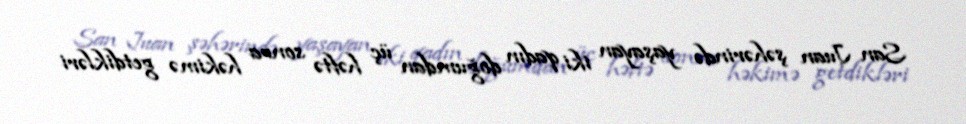
San Juan şəhərində yaşayan iki qadın doğumdan üç həftə sonra həkimə getdikləri